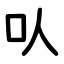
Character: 㕥